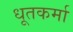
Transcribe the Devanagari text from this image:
धूतकर्मा